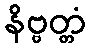
နိဗ္ဗတ္တံ